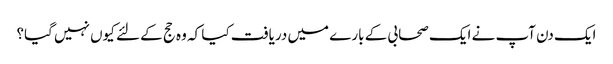
ایک دن آپ نے ایک صحابی کے بارے میں دریافت کیا کہ وہ حج کے لئے کیوں نہیں گیا؟